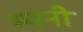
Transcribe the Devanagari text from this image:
म्पनी